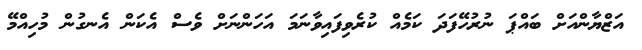
އަޒްޔާންއަށް ބައްޕަ ނުރުހޭފަދަ ކަމެއް ކުރެވިފައިވާނަމަ އަހަންނަށް ވެސް އެކަން އެނގުން މުހިއްމޭ